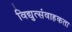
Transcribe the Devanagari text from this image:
विद्युत्संवाहकता